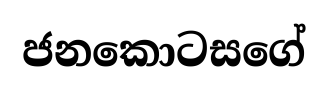
ජනකොටසගේ